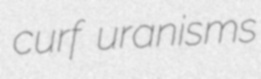
curf uranisms